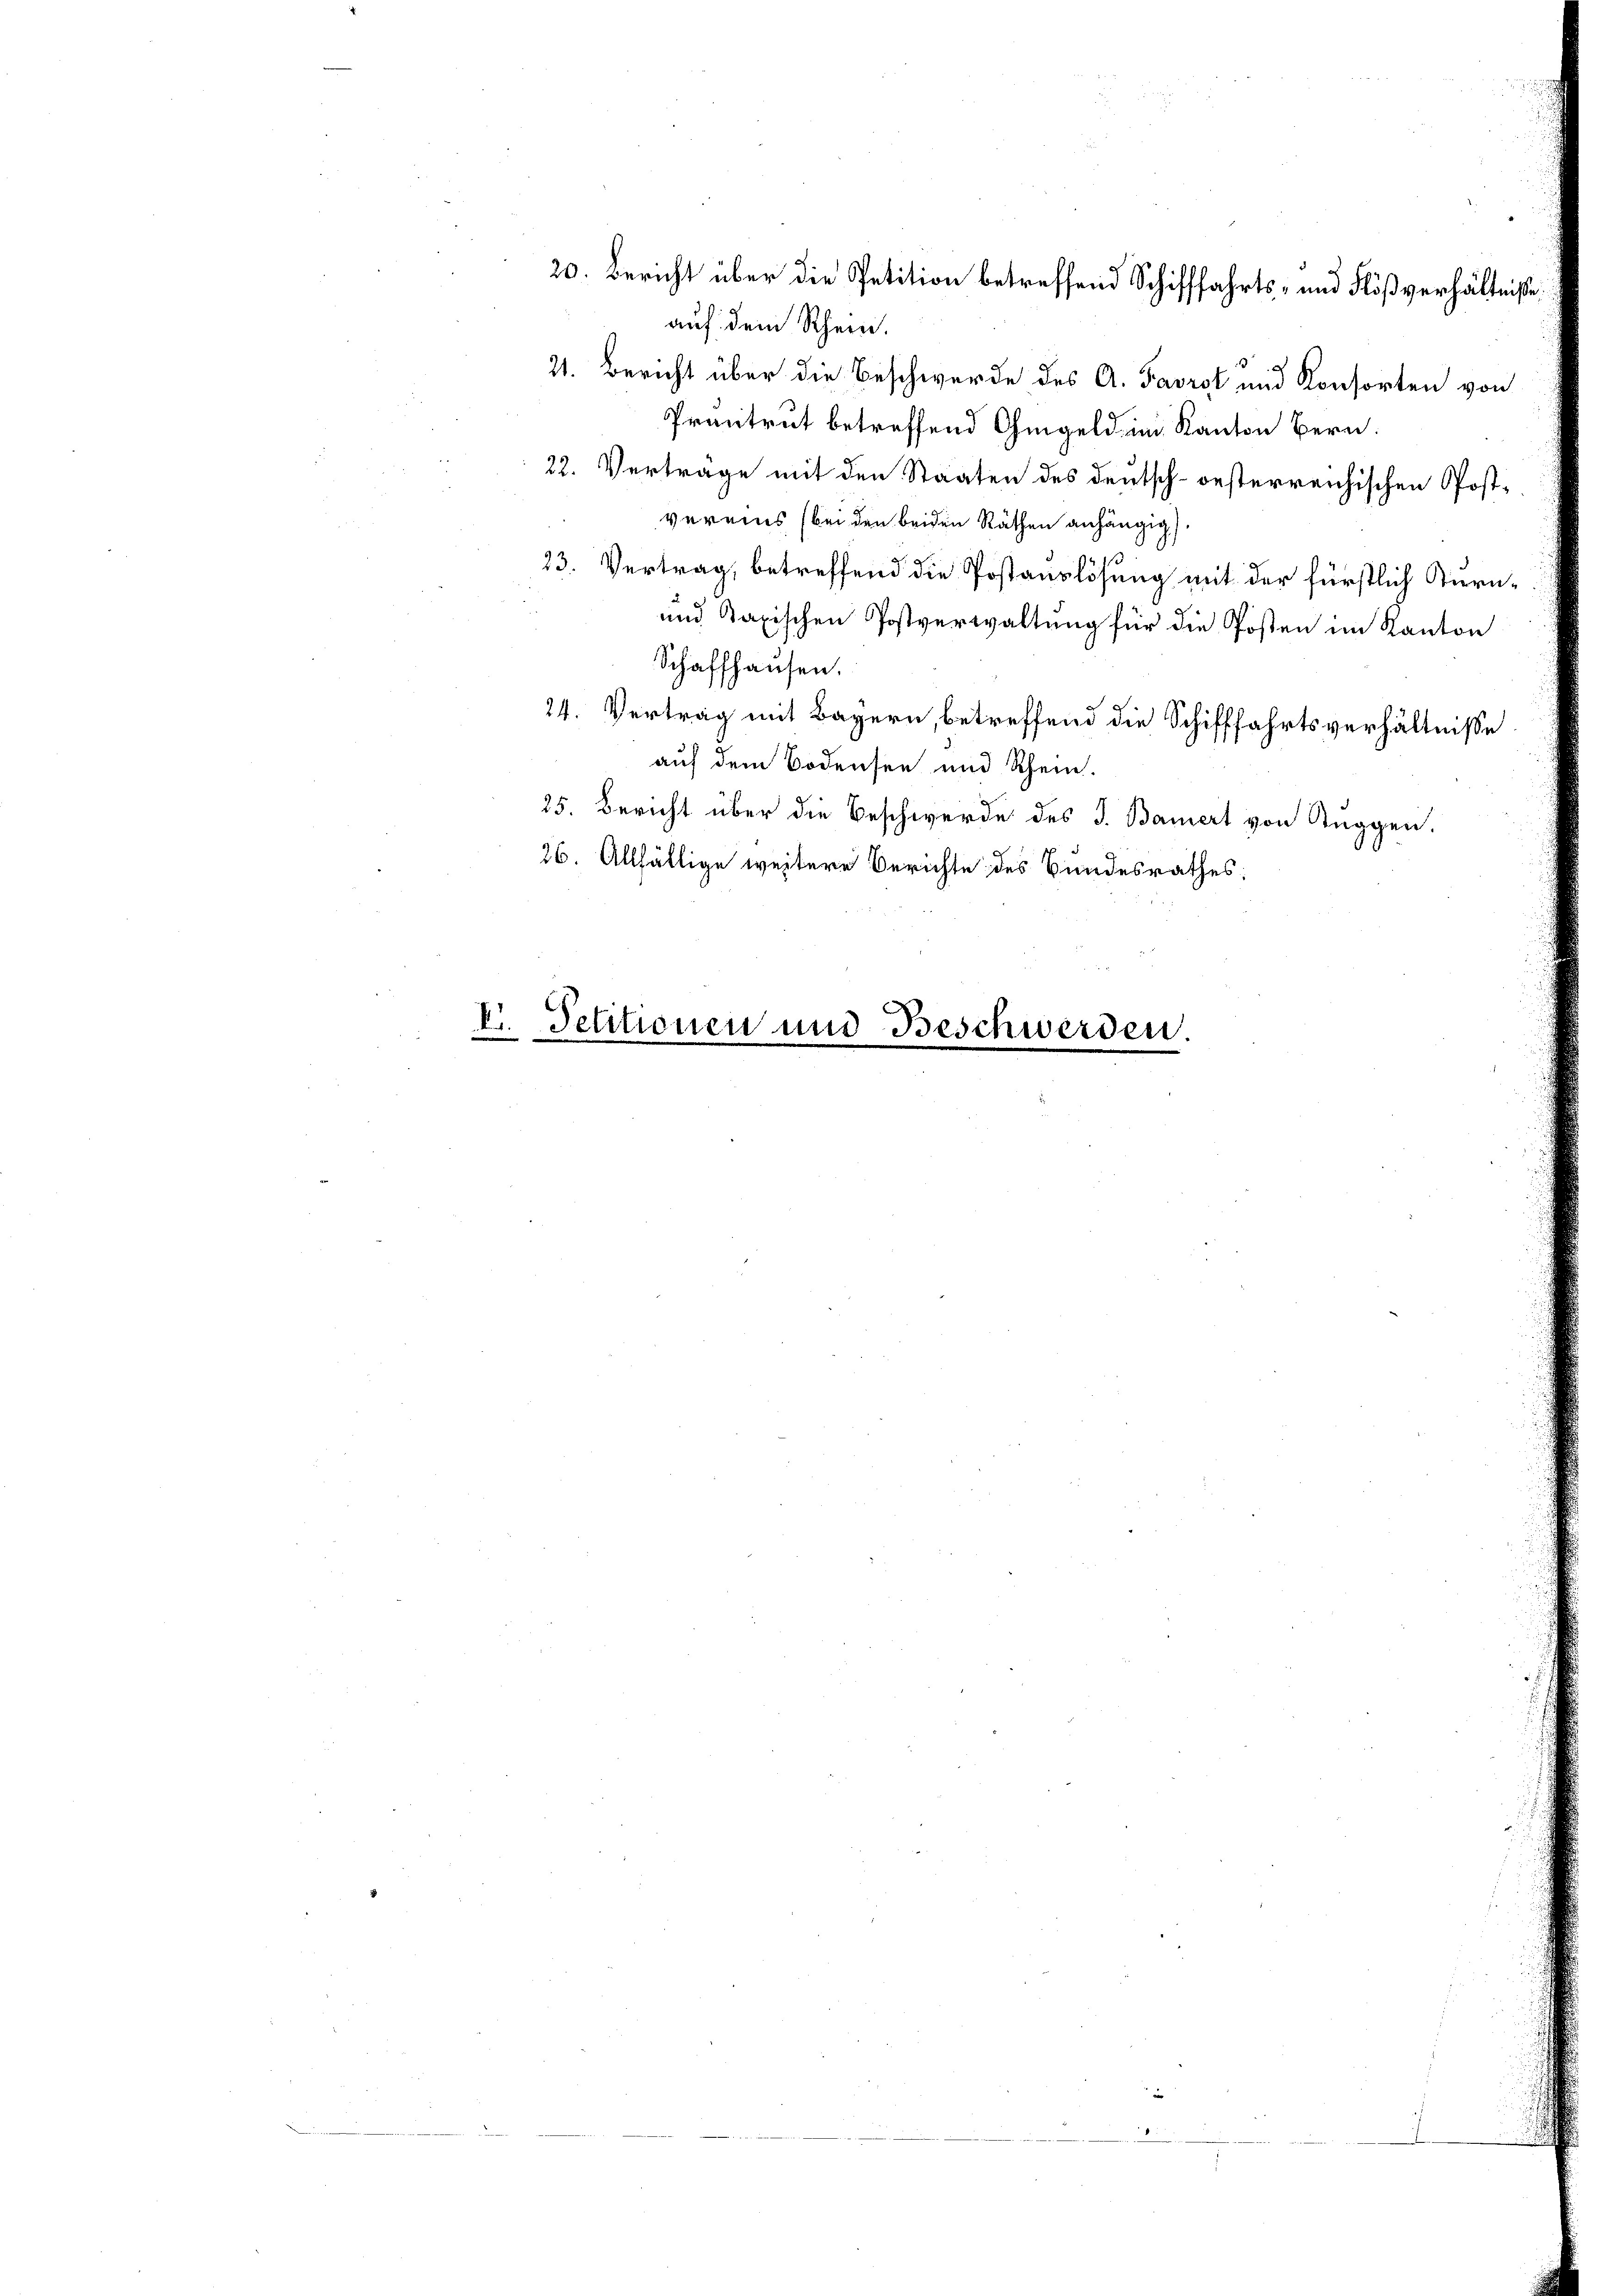
auf dem Rhein.
21. Bericht über die Beschwerde des A. Favrot und Konsorten von
Prantrut betreffend Ohmgeld im Kanton Bern.
22. Vertrage mit den Staaten des deutsch-oesterreichischen Postvereins (bei den beiden Räthen anhängig).
11
23. Vertrag, betreffend die Postauslösung mit der fürstlich Turn¬
und Kapischen Postverwaltung für die Posten im Kanton
Schaffhausen.
24. Vertrag mit Bayern, betreffend die Schifffahrtsverhältnisse
auf dem Bodensee und Schein.
25. Bericht über die Beschwerde des J. Bauert von Auggen.
26. Allfällige weitere Berichte des Bundesrathes:

V. Petitionen und Beschwerden.

20. Bericht über die Petition betreffend Schifffahrts- und Flößverhältniße,